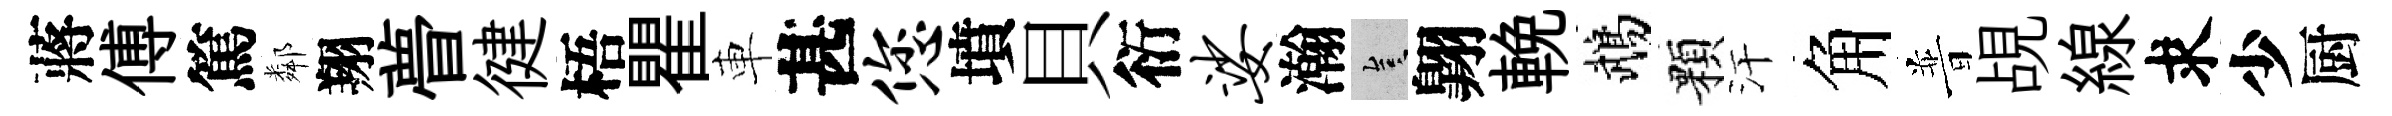
蔣傅篤鄰翔瞢徤梧瞿車甚您墳貝衍娑瀚豈翺輓鵡顆汗角普覘線求少厨